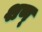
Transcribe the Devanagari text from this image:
शण्